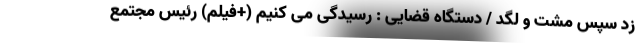
زد سپس مشت و لگد / دستگاه قضایی : رسیدگی می کنیم (+فیلم) رئیس مجتمع